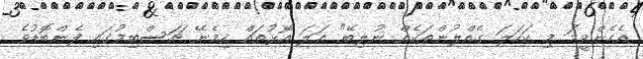
އެހެންވީމަ މި ކަހަލަ ގެއްލުންތަކެއް ނުލިބޭ" އަލަ އޮޅުތައް ހިމެނޭ ޗަސްބިމުގައި ފެންބޮޑުވެ